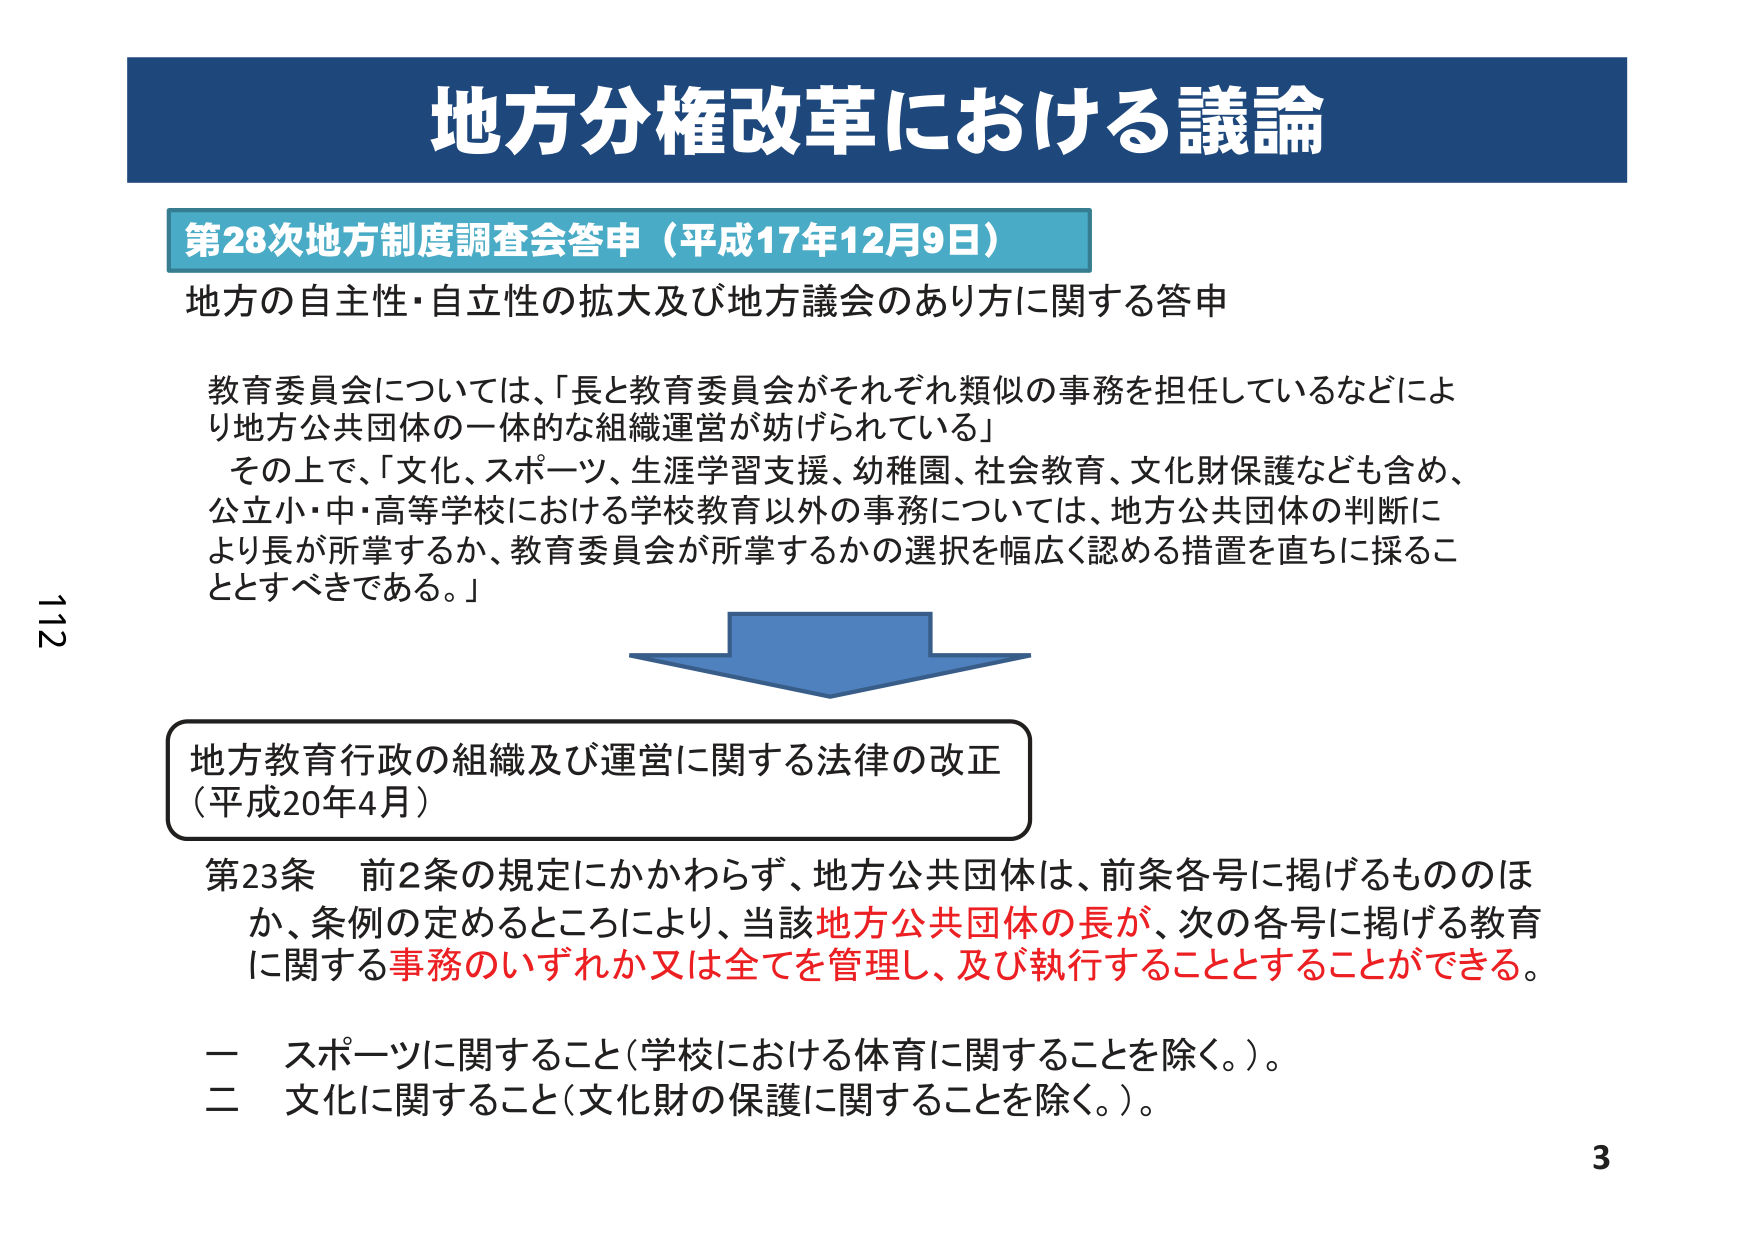
地方分権改革における議論

第28次地方制度調査会答申（平成17年12月9日）
地方の自主性・自立性の拡大及び地方議会のあり方に関する答申

教育委員会については、「長と教育委員会がそれぞれ類似の事務を担当しているなどにより地方公共団体の一体的な組織運営が妨げられている」
その上で、「文化、スポーツ、生涯学習支援、幼稚園、社会教育、文化財保護なども含め、公立小・中・高等学校における学校教育以外の事務については、地方公共団体の判断により長が所掌するか、教育委員会が所掌するかの選択を幅広く認める措置を直ちに採ることとすべきである。」

地方教育行政の組織及び運営に関する法律の改正
（平成20年4月）

第23条　前2条の規定にかかわらず、地方公共団体は、前条各号に掲げるもののほか、条例の定めるところにより、当該地方公共団体の長が、次の各号に掲げる教育に関する事務のいずれか又は全てを管理し、及び執行することとすることができる。

一　スポーツに関すること（学校における体育に関することを除く。）。
二　文化に関すること（文化財の保護に関することを除く。）。

112
3